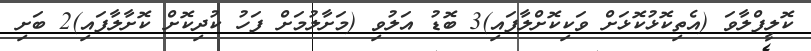
ކޮލީފްލާވަ (އެތިކޮޅުކޮޅަށް ވަކިކޮށްލާފައި)3 ބޮޑު އަލުވި (މަށާލުމަށް ފަހު ކުދިކޮށް ކޮށާލާފައި)2 ބަށި